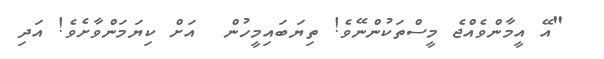
"އޭ އީމާންވެއްޖެ މީސްތަކުންނޭވެ! ތިޔަބައިމީހުން  އަށް ކިޔަމަންވާށެވެ! އަދި